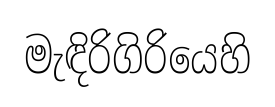
මැඳිරිගිරියෙහි